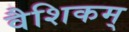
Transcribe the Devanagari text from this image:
वैशिकम्